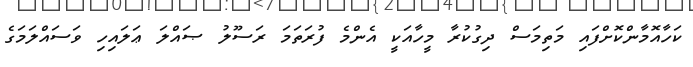
ކަހާއޮމާންކޮށްފައި މަތިމަސް ދިގުކުރާ މީހާއަކީ އެންމެ ފުރަތަމަ ރަސޫލު ޞައްލަ ޢަލައިހި ވަސައްލަމަގެ